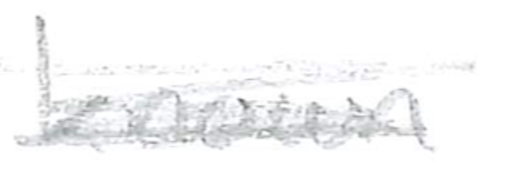
Text: known
Cross-out: scratch
Writing tool: pencil